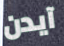
آيدن